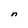
Character: n